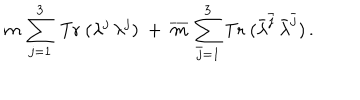
m \, \sum _ { j = 1 } ^ { 3 } \, \mathrm { T r } ~ ( \lambda ^ { j } \, \lambda ^ { j } ) ~ + ~ \overline { { m } } \, \sum _ { \bar { j } = 1 } ^ { 3 } \mathrm { T r } ~ ( \bar { \lambda } ^ { \bar { j } } \, \bar { \lambda } ^ { \bar { j } } ) \, .